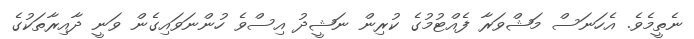
ނެތީމެވެ. އެހަނަސް މަޝްވަރާ ފެއްޓުމުގެ ކުރިން ނަޝީދު އިސްވެ ހުންނަވައިގެން ވަނީ ދާއިރާތަކުގެ